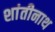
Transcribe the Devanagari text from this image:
शांतीनाथ